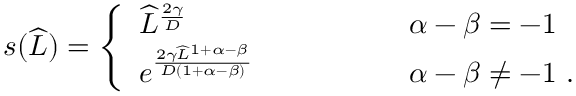
\begin{array} { r } { s ( \widehat { L } ) = \left\{ \begin{array} { l l } { \widehat { L } ^ { \frac { 2 \gamma } { D } } \qquad \qquad } & { \ \alpha - \beta = - 1 } \\ { e ^ { \frac { 2 \gamma \widehat { L } ^ { 1 + \alpha - \beta } } { D ( 1 + \alpha - \beta ) } } \qquad \qquad } & { \ \alpha - \beta \neq - 1 \ . } \end{array} \right. } \end{array}